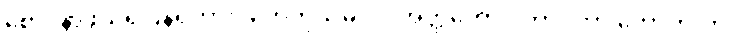
စောဒနာဖွယ်ရှိပြန်ရကား ‘ဟေတုသမ္ပဒါပိ အတ္ထတော ဝိဘာဝိတာ ဟောတိ’ကို